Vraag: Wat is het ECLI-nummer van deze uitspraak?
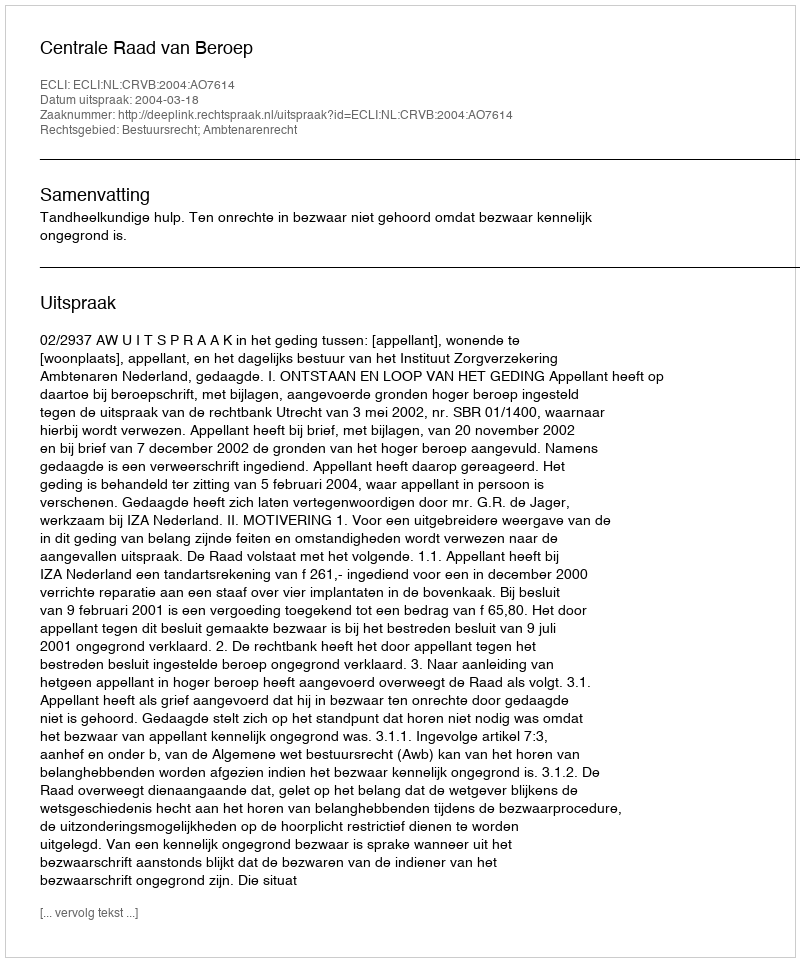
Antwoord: ECLI:NL:CRVB:2004:AO7614